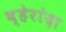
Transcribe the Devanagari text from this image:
व्हेरांदा